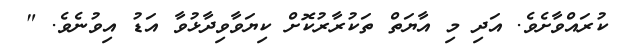
ކުރައްވާށެވެ. އަދި މި އާޔަތް ތަކުރާރުކޮށް ކިޔަވާވިދާޅުވާ އަޑު އިވުނެވެ. "